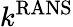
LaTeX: k^{\mathrm{RANS}}